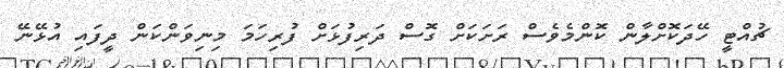
ޗުއްޓީ ހޭދަކޮށްލާން ކޮންމެވެސް ރަށަކަށް ގޮސް ދަރިފުޅަށް ފުރިހަމަ މިނިވަންކަން ދީފައި އުޅޭނޭ